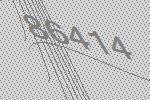
86414